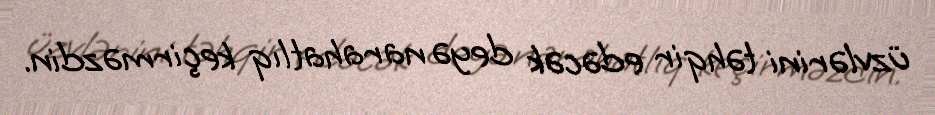
üzvlərini təhqir edəcək deyə narahatlıq keçirməzdin.